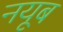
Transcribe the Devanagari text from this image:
नयूब